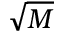
\sqrt { M }